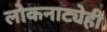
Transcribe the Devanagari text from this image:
लोकनाट्येही